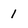
Character: 1